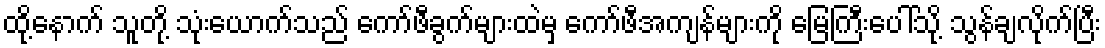
ထို့နောက် သူတို့ သုံးယောက်သည် ကော်ဖီခွက်များထဲမှ ကော်ဖီအကျန်များကို မြေကြီးပေါ်သို့ သွန်ချလိုက်ပြီး